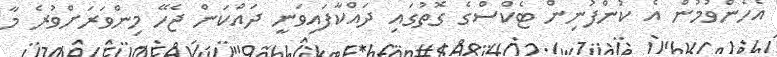
އެހެންވުމުން އެ ކުންފުނިން ޓެކްސްގެ ގޮތުގައި ދައްކާފައިވަނީ ދައްކަން ޖެހޭ މިންވަރަށްވުރެ މާ